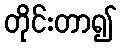
တိုင်းတာ၍